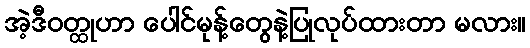
အဲ့ဒီဝတ္ထုဟာ ပေါင်မုန့်တွေနဲ့ပြုလုပ်ထားတာ မလား။